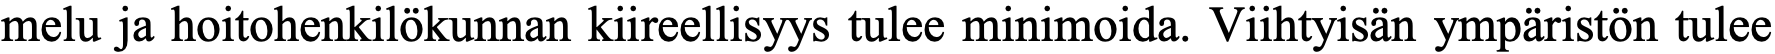
melu ja hoitohenkilökunnan kiireellisyys tulee minimoida. Viihtyisän ympäristön tulee